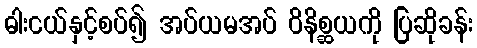
ဓါးငယ်နှင့်စပ်၍ အပ်ယမအပ် ဝိနိစ္ဆယကို ပြဆိုခန်း